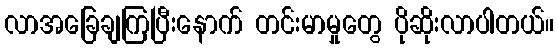
လာအခြေချကြပြီးနောက် တင်းမာမှုတွေ ပိုဆိုးလာပါတယ်။